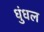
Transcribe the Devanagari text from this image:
धुंधल